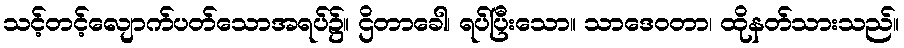
သင့်တင့်လျောက်ပတ်သောအရပ်၌။ ဌိတာခေါ၊ ရပ်ပြီးသော။ သာဒေဝတာ၊ ထိုနတ်သားသည်။